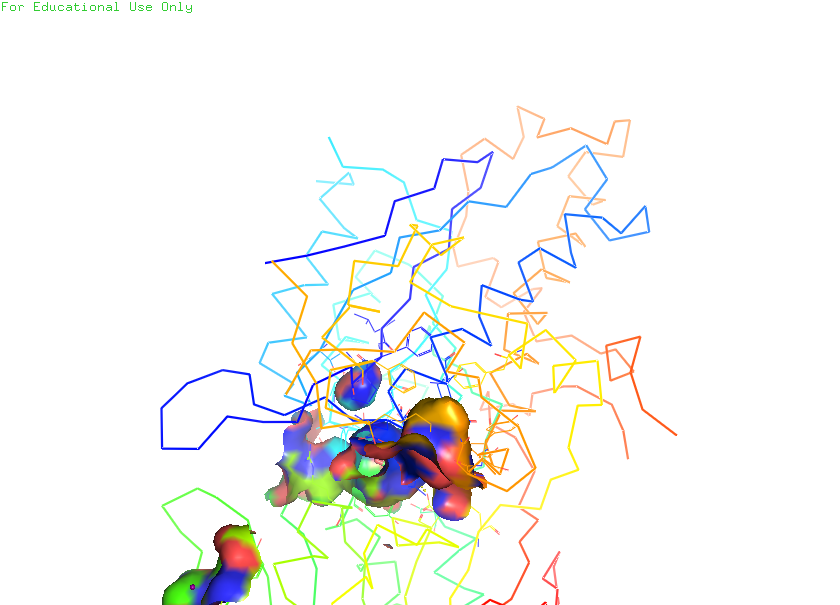
pymol, preset, ligand_sites